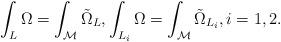
LaTeX: \begin{align*}\int_L\Omega= \int_{\mathcal{M}} \tilde{\Omega}_{L}, \int_{L_i}\Omega= \int_{\mathcal{M}} \tilde{\Omega}_{L_i}, i=1,2.\end{align*}